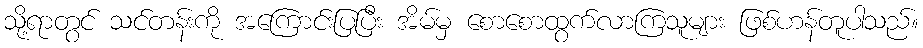
သို့ရာတွင် သင်တန်းကို အကြောင်းပြပြီး အိမ်မှ စောစောထွက်လာကြသူများ ဖြစ်ဟန်တူပါသည်။